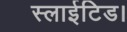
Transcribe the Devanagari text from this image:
स्लाईटिड।